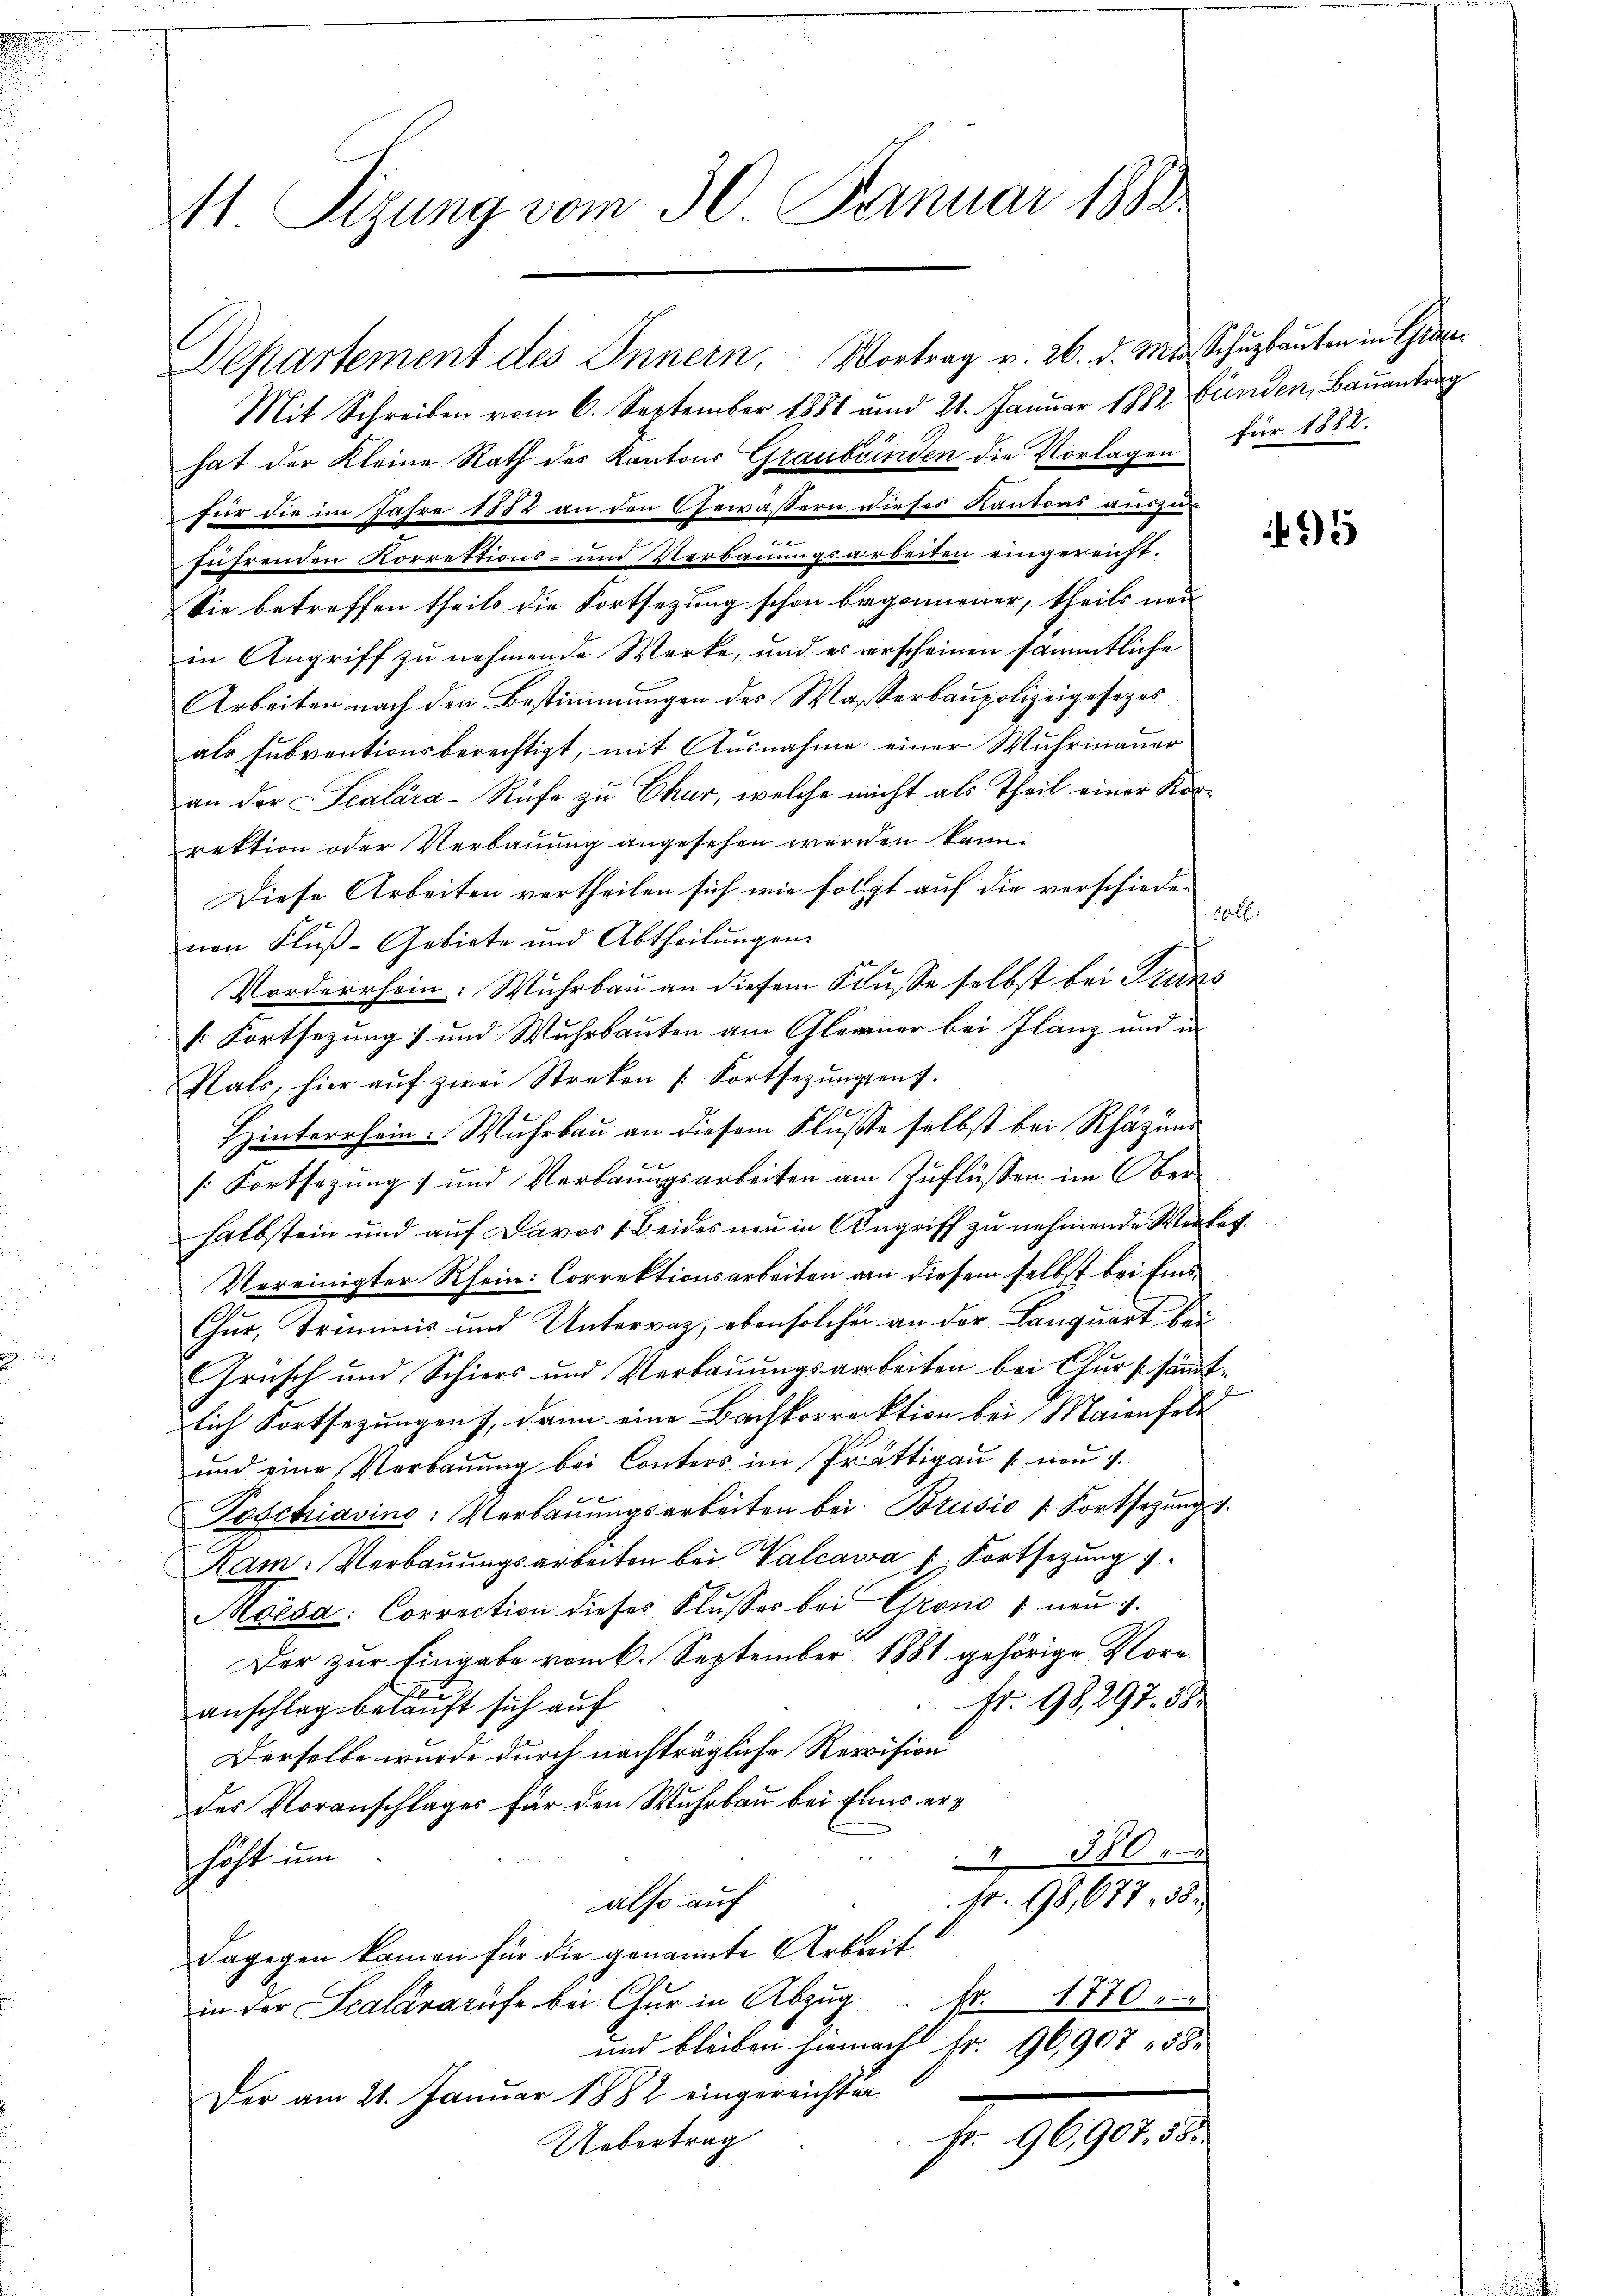
M Sizung vom 30. Januar 1888

Departement des Innern, Vortrag v. 26. d. Mts. Schuzbauten in Gra¬
Mit Schreiben vom 6. September 1881 und 21. Januar 1882 Bünden, Bauantrag
hat der Kleine Rath des Kantons Graubünden die Vorlagen für 1882.
für die im Jahre 1882 an den Gewässern dieses Kantons auszur
x
führenden Korrektions- und Verbauungsarbeiten eingereicht.
Sie betreffen theils die Fortsezung schon begonnener, theils neu
in Angriff zu nehmende Werke, und es verscheinen sämmtliche
Arbeiten nach den Bestimmungen des Wasserbaupolizeigesetzes
als subventionsberechtigt, mit Ausnahme einer Wuhrmauer
an der Scalára-Rufe zu Chur, welche nicht als Theil einer Korrektion oder Verbauung angesehen werden kann.
Diese Arbeiten vertheilen sich wie folgt auf die verschiede-
nen Fluß-Gebiete und Abtheilungen.
Vorderrhein. Wuhrbau an diesem Flusse selbst bei Turns
k. Fortsezung) und Wuhrbauten am Glarner bei Flanz und in
Sals, hier aŭf zwei Streken (Fortsezŭngsent.
2
Hinterrein. Wuhrbau an diesem Flußte selbst bei Rhätzung
s. Fortsezung und Verbrungsarbeiten am Zuflüssen im Oberhalbstein und auf Davos 1. Beides neu in Angriff zu nehmende Werket.
Vereinigter Rhein: Correktionsarbeiten an diesem selbst bei Eins
Chur, Trimmis und Untervaz, eben solcher an der Banquart bei
Grüsch und Schiers und Verbauungsarbeiten bei Chur sämt-
lich Fortsezungen, dann eine Bachkorrektion bei Maienfeld
und eine Verbauung bei Conters im Prättigau (neu 1.
Poschiavins: Verbaŭŭngsarbeiten bei Brusio (Fortsezung.
Ram: Verbauungsarbeiten bei Valcawa p. Fortsetzung
Moisa: Correction dieses Flusses bei Grono i neu 1.
Der zur Eingabe vom 6. September 1881 gehörige Vorfr. 98297. 582
anschlag bekauft sich auf
Derselbe wurde durch nachträgliche Revision
des Voranschlages für den Wuhrbau bei Elins ern
" 580
höht um
Nr. 95,677. 38.
2
also auf
Dagegen kamen für die genannte Arbeit
in der Scalararufe bei Chur in Abzŭg. pr. 1770.
und bleiben hiernach Fr. 96,907 " 58.
Der am 21. Januar 1882 eingereichten
fr. 1890 d
Uebertrag

95

6